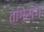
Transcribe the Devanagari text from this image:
तांगेरांग